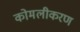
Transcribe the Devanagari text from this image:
कोमलीकरण